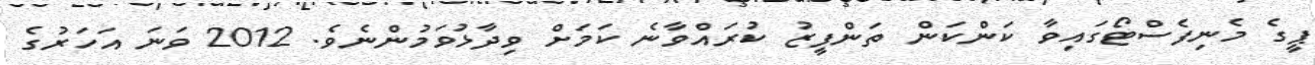
ޕީގެ މެނިފެސްޓޯގައިވާ ކަންކަން ތަންފީޒު ކުރައްވާނެ ކަމަށް ވިދާޅުވަމުންނެވެ. 2012 ވަނަ އަހަރުގެ